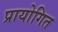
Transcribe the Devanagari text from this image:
प्रायोगित